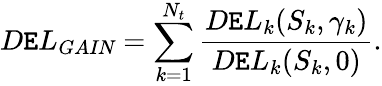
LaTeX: D\mathtt{E}L_{\textit{{GAIN}}}=\sum_{k=1}^{N_{t}}\frac{{D\mathtt{E}L_{k}(S_{k},\gamma_{k})}}{{D\mathtt{E}L_{k}(S_{k},0)}}.